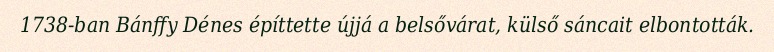
1738-ban Bánffy Dénes építtette újjá a belsővárat, külső sáncait elbontották.